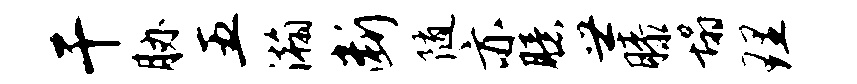
干胁五瀚断随亦臆世膝塌理